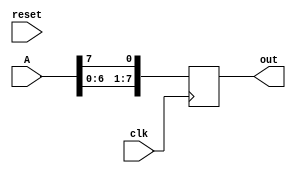
`timescale 1ns / 1ps

//Shifter
module shift_8_bit(
input clk,
input reset,
input [7:0]A,
output reg[7:0]out
    );
    
    integer i;
    reg [7:0]temp;
    always @(posedge clk)
     begin
      temp[7:0] = A[7:0];
      
      out[0] <= temp[7];
      for(i = 0; i < 7; i = i+1)
       begin
         out[i+1] <= temp[i];
       end
     end
endmodule